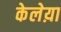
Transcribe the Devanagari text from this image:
केलेय़ा